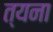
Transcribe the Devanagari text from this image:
त्यना